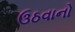
ઉઠવાનો